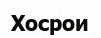
Хосрои